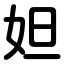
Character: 妲